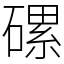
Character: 磥